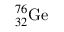
^ { 7 6 } _ { 3 2 } \mathrm { G e }